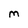
Character: M